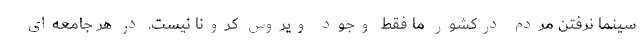
سینما نرفتن مردم درکشور ما فقط وجود ویروس کرونا نیست. در هر جامعه‌ای